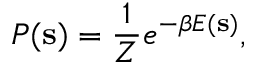
P ( \mathbf { s } ) = \frac { 1 } { Z } e ^ { - \beta E ( \mathbf { s } ) } ,